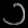
Digit: ၁